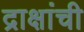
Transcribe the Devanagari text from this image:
द्राक्षांची